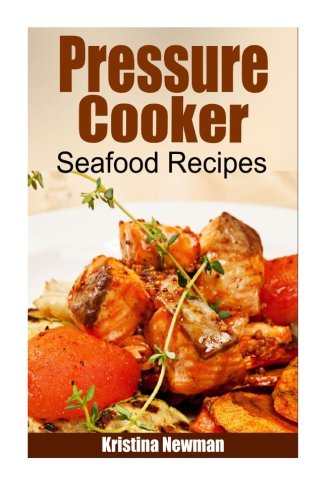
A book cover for Pressure Cooker - Pressure Cooker Seafood Recipes; Kristina Newman; Cookbooks, Food & Wine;